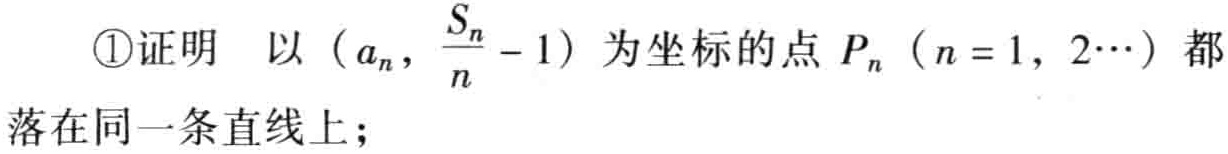
\textcircled{1}证明 以\((a_{n},\frac{S_{n}}{n}-1)\)为坐标的点\(P_{n}\ (n = 1,2\cdots)\)都落在同一条直线上；